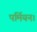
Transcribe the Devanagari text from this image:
पर्मियन।